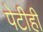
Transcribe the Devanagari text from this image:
पेटीही